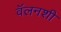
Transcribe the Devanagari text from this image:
वॅलनशी